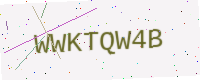
Text: WWKTQW4B